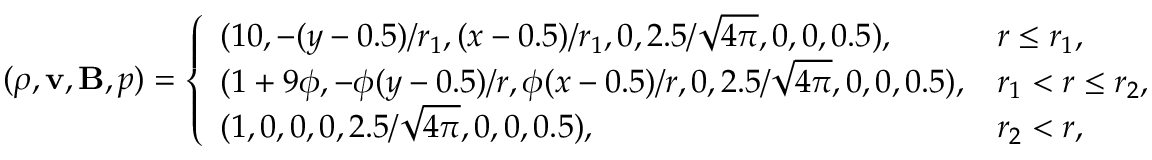
( \rho , \mathbf { v } , \mathbf { B } , p ) = \left\{ \begin{array} { l l } { ( 1 0 , - ( y - 0 . 5 ) / r _ { 1 } , ( x - 0 . 5 ) / r _ { 1 } , 0 , 2 . 5 / \sqrt { 4 \pi } , 0 , 0 , 0 . 5 ) , } & { r \leq r _ { 1 } , } \\ { ( 1 + 9 \phi , - \phi ( y - 0 . 5 ) / r , \phi ( x - 0 . 5 ) / r , 0 , 2 . 5 / \sqrt { 4 \pi } , 0 , 0 , 0 . 5 ) , } & { r _ { 1 } < r \leq r _ { 2 } , } \\ { ( 1 , 0 , 0 , 0 , 2 . 5 / \sqrt { 4 \pi } , 0 , 0 , 0 . 5 ) , } & { r _ { 2 } < r , } \end{array} \right.